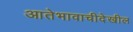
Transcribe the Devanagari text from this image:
आतेभावाचीदेखील